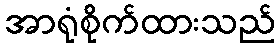
အာရုံစိုက်ထားသည်